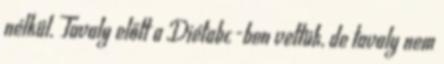
nélkül. Tavaly előtt a Diétabc-ben vettük, de tavaly nem